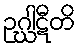
ဥဂ္ဃါဋီတိ